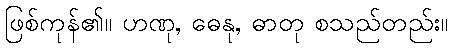
ဖြစ်ကုန်၏။ ဟဏု, ဓေနု, ဓာတု စသည်တည်း။